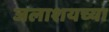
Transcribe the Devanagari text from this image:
जलाशयच्या